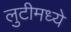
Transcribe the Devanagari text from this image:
लुटीमध्ये